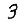
Digit: 3